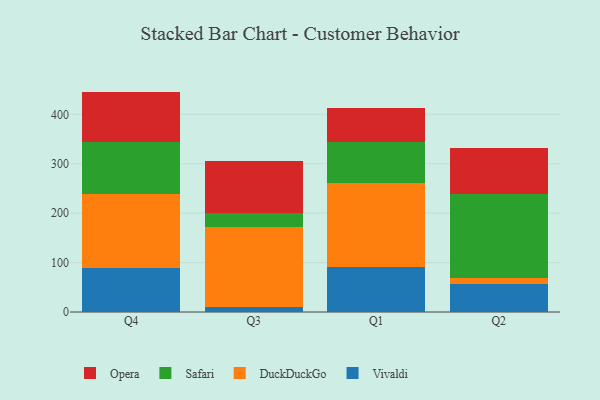
{"axis": {"x": "Quarter", "y": "Humidity (%)"}, "legend": ["DuckDuckGo", "Opera", "Safari", "Vivaldi"], "data": [{"x": "Q4", "y": 89.3, "type": "Vivaldi"}, {"x": "Q4", "y": 150.0, "type": "DuckDuckGo"}, {"x": "Q4", "y": 105.5, "type": "Safari"}, {"x": "Q4", "y": 101.2, "type": "Opera"}, {"x": "Q3", "y": 11.0, "type": "Vivaldi"}, {"x": "Q3", "y": 160.6, "type": "DuckDuckGo"}, {"x": "Q3", "y": 28.4, "type": "Safari"}, {"x": "Q3", "y": 106.1, "type": "Opera"}, {"x": "Q1", "y": 90.6, "type": "Vivaldi"}, {"x": "Q1", "y": 169.5, "type": "DuckDuckGo"}, {"x": "Q1", "y": 83.6, "type": "Safari"}, {"x": "Q1", "y": 69.5, "type": "Opera"}, {"x": "Q2", "y": 55.8, "type": "Vivaldi"}, {"x": "Q2", "y": 13.9, "type": "DuckDuckGo"}, {"x": "Q2", "y": 168.7, "type": "Safari"}, {"x": "Q2", "y": 94.1, "type": "Opera"}]}